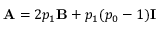
\mathbf { A } = 2 p _ { 1 } \mathbf { B } + p _ { 1 } ( p _ { 0 } - 1 ) \mathbf { I }